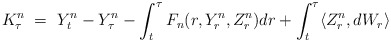
\begin{align*}K_\tau^n \ = \ Y_t^n - Y_\tau^n - \int_t^\tau F_n(r,Y_r^n,Z_r^n) dr + \int_t^\tau \langle Z_r^n,dW_r\rangle\end{align*}